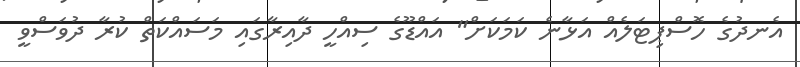
އެނދުގެ ހޮސްޕިޓަލެއް އަޅާނެ ކަމަކަށް" އައްޑޫގެ ސިއްހީ ދާއިރާގައި މަސައްކަތް ކުރާ ދުވަސްވީ